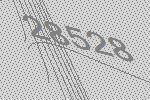
28528